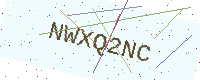
Text: NWXQ2NC